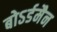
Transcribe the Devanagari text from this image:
बोऽर्डमैन